Annual vaccination report of Bihar and Orissa - 1911-1928
Year: 1911
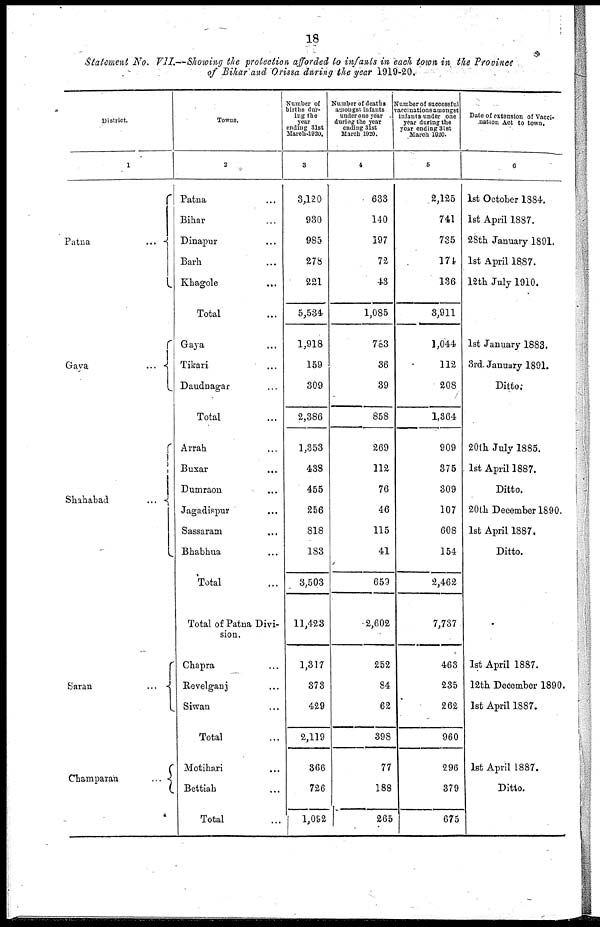
18
Statement No. VII.—Showing the protection afforded to infants in each town in the Province
of Bihar and Orissa during the year 1919-20.
District.
1
Patna
...
Gaya
...
Shahabad
...
Saran
...
Champaran
...
Towns.
2
Patna ...
Bihar ...
Dinapur ...
Barh ...
Khagole ...
Total ...
Gaya ...
Tikari ...
Daudnagar ...
Total ...
Arrah ...
Buxar ...
Dumraon ...
Jagadispur ...
Sassaram ...
Bhabhua ...
Total ...
Total of Patna Divi-
sion.
Chapra ...
Revelganj ...
Siwan ...
Total ...
Motihari ...
Bettiah ...
Total ...
Number of
births dur-
ing the
year
ending 31st
March.1920.
3
3,120
930
985
278
221
5,534
1,918
159
309
2,386
1,353
438
455
256
818
183
3,503
11,423
1,317
373
429
2,119
366
726
1,092
Number of deaths
amongst infants
under one year
during the year
ending 31st
March 1920.
4
633
140
197
72
43
1,085
763
36
39
858
269
112
76
46
115
41
653
2,602
252
84
62
398
77
188
265
Number of successful
vaccinations amongst
infants under one
year during the
year ending 31st
March 1920.
5
2,125
741
735
174
136
3,911
1,044
112
208
1,364
909
375
309
107
608
154
2,462
7,737
463
235
262
960
296
379
675
Date of extension of Vacci-
nation Act to town.
6
1st October 1884.
1st April 1887.
28th January 1891.
1st April 1887.
12th July 1910.
1st January 1883.
3rd January 1891.
Ditto.
20th July 1885.
1st April 1887.
Ditto.
20th December 1890.
1st April 1887.
Ditto.
1st April 1887.
12th December 1890.
1st April 1887.
1st April 1887.
Ditto.